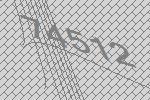
74512